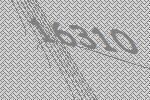
16310